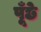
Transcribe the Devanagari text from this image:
पूँछे